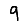
Digit: 9